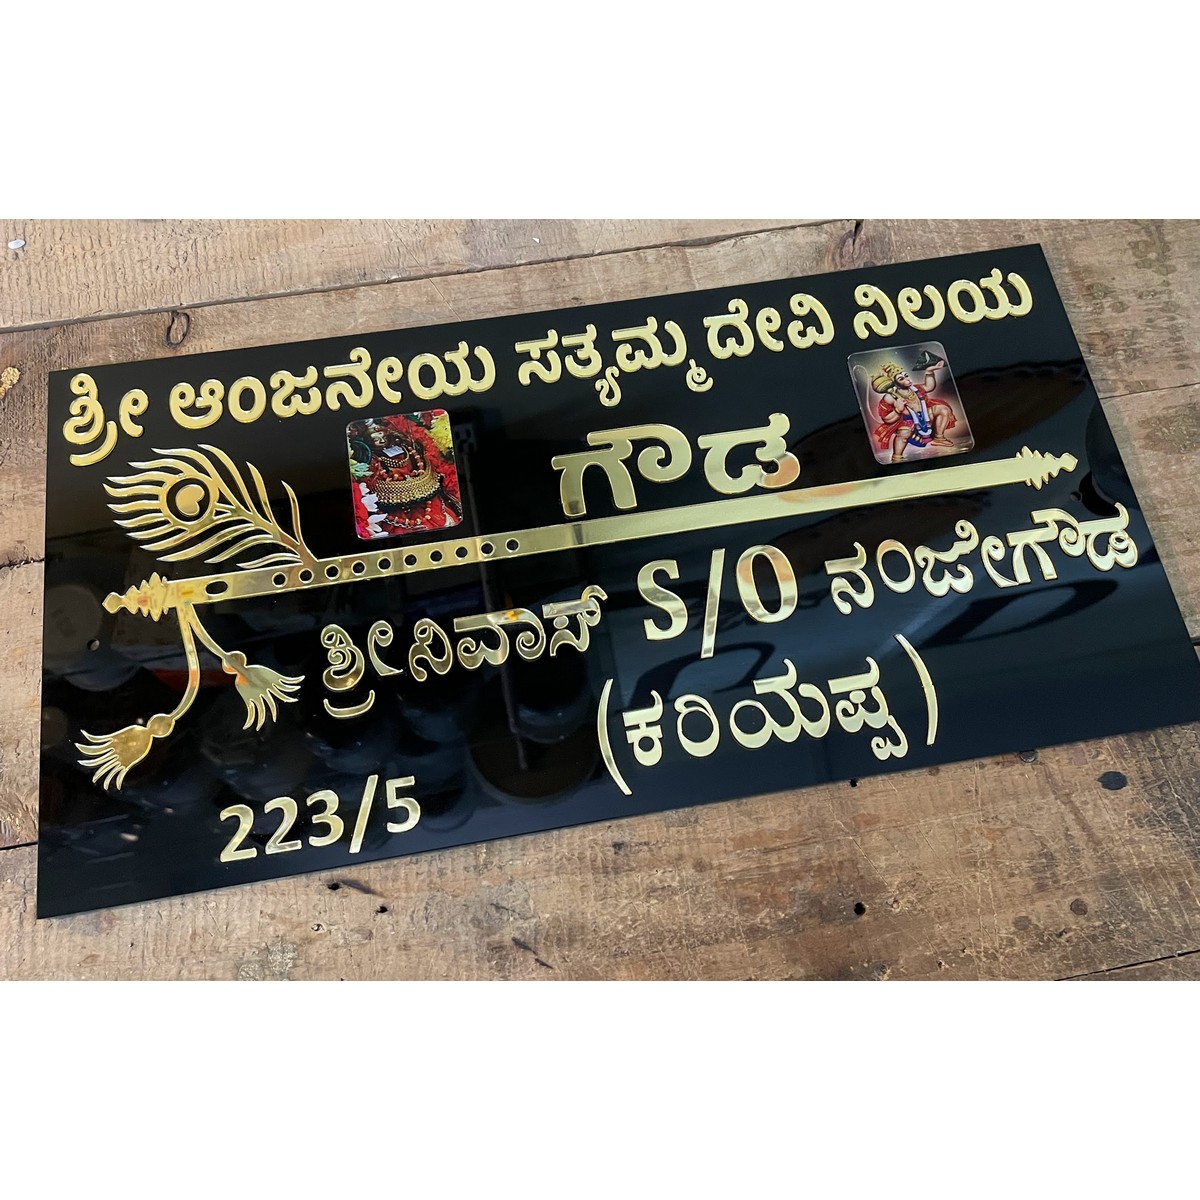
Language: kannada
Transcription: ನಂಜೇಗೌಡ ಶ್ರೀನಿವಾಸ್ ಸತ್ಯಮ್ಮದೇವಿ ಆಂಜನೇಯ ಗೌಡ ಕರಿಯಪ್ಪ ನಿಲಯ ಶ್ರೀ